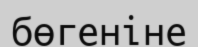
бөгеніне